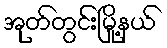
အုတ်တွင်းမြို့နယ်